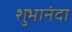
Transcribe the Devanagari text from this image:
शुभानंदा